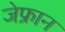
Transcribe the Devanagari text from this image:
जेफ्रान